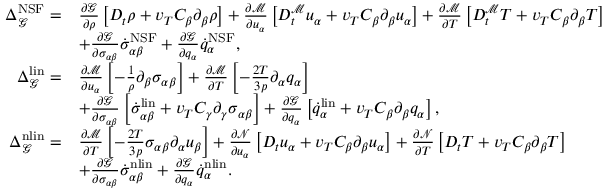
\begin{array} { r l } { \Delta _ { \mathcal { G } } ^ { \mathrm { N S F } } = } & { \frac { \partial \mathcal { G } } { \partial \rho } \left[ D _ { t } \rho + v _ { T } C _ { \beta } \partial _ { \beta } \rho \right] + \frac { \partial \mathcal { M } } { \partial u _ { \alpha } } \left[ D _ { t } ^ { \mathcal { M } } u _ { \alpha } + v _ { T } C _ { \beta } \partial _ { \beta } u _ { \alpha } \right] + \frac { \partial \mathcal { M } } { \partial T } \left[ D _ { t } ^ { \mathcal { M } } T + v _ { T } C _ { \beta } \partial _ { \beta } T \right] } \\ & { + \frac { \partial \mathcal { G } } { \partial \sigma _ { \alpha \beta } } \dot { \sigma } _ { \alpha \beta } ^ { \mathrm { N S F } } + \frac { \partial \mathcal { G } } { \partial q _ { \alpha } } \dot { q } _ { \alpha } ^ { \mathrm { N S F } } , } \\ { \Delta _ { \mathcal { G } } ^ { \mathrm { l i n } } = } & { \frac { \partial \mathcal { M } } { \partial u _ { \alpha } } \left[ - \frac { 1 } { \rho } \partial _ { \beta } \sigma _ { \alpha \beta } \right] + \frac { \partial \mathcal { M } } { \partial T } \left[ - \frac { 2 T } { 3 p } \partial _ { \alpha } q _ { \alpha } \right] } \\ & { + \frac { \partial \mathcal { G } } { \partial \sigma _ { \alpha \beta } } \left[ \dot { \sigma } _ { \alpha \beta } ^ { \mathrm { l i n } } + v _ { T } C _ { \gamma } \partial _ { \gamma } \sigma _ { \alpha \beta } \right] + \frac { \partial \mathcal { G } } { \partial q _ { \alpha } } \left[ \dot { q } _ { \alpha } ^ { \mathrm { l i n } } + v _ { T } C _ { \beta } \partial _ { \beta } q _ { \alpha } \right] , } \\ { \Delta _ { \mathcal { G } } ^ { \mathrm { n l i n } } = } & { \frac { \partial \mathcal { M } } { \partial T } \left[ - \frac { 2 T } { 3 p } \sigma _ { \alpha \beta } \partial _ { \alpha } u _ { \beta } \right] + \frac { \partial \mathcal { N } } { \partial u _ { \alpha } } \left[ D _ { t } u _ { \alpha } + v _ { T } C _ { \beta } \partial _ { \beta } u _ { \alpha } \right] + \frac { \partial \mathcal { N } } { \partial T } \left[ D _ { t } T + v _ { T } C _ { \beta } \partial _ { \beta } T \right] } \\ & { + \frac { \partial \mathcal { G } } { \partial \sigma _ { \alpha \beta } } \dot { \sigma } _ { \alpha \beta } ^ { \mathrm { n l i n } } + \frac { \partial \mathcal { G } } { \partial q _ { \alpha } } \dot { q } _ { \alpha } ^ { \mathrm { n l i n } } . } \end{array}